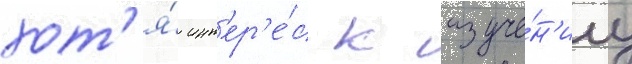
хот'я́ инт'ер'е́с к изуче́н'иу